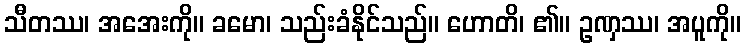
သီတဿ၊ အအေးကို။ ခမော၊ သည်းခံနိုင်သည်။ ဟောတိ၊ ၏။ ဥဏှဿ၊ အပူကို။